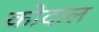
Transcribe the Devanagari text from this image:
कोदाल